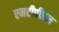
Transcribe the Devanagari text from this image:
एमटीपीएल